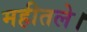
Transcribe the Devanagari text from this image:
महीतले।